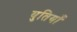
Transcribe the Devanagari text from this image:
युतियाँ